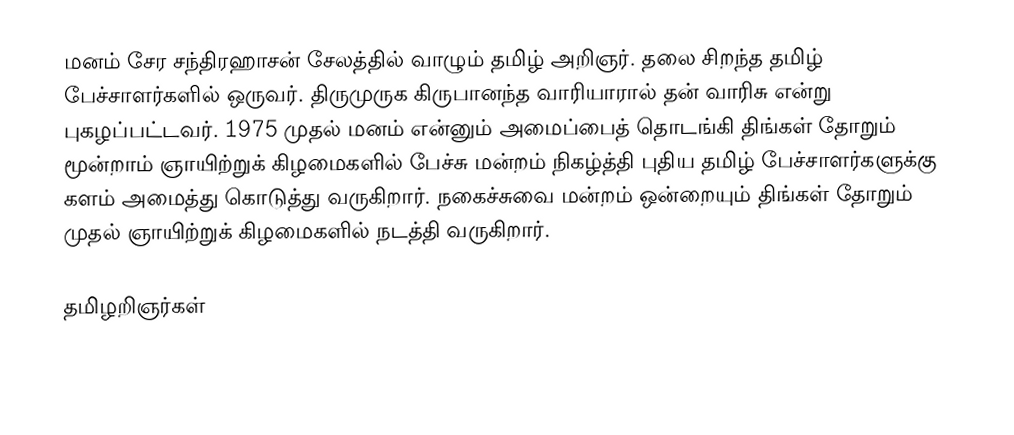
மனம் சேர சந்திரஹாசன் சேலத்தில் வாழும் தமிழ் அறிஞர். தலை சிறந்த தமிழ் பேச்சாளர்களில் ஒருவர்.  திருமுருக கிருபானந்த வாரியாரால் தன் வாரிசு என்று புகழப்பட்டவர். 1975 முதல் மனம் என்னும் அமைப்பைத் தொடங்கி திங்கள் தோறும் மூன்றாம் ஞாயிற்றுக் கிழமைகளில் பேச்சு மன்றம் நிகழ்த்தி புதிய தமிழ் பேச்சாளர்களுக்கு களம் அமைத்து கொடுத்து வருகிறார். நகைச்சுவை மன்றம் ஒன்றையும் திங்கள் தோறும் முதல் ஞாயிற்றுக் கிழமைகளில் நடத்தி வருகிறார்.

தமிழறிஞர்கள்